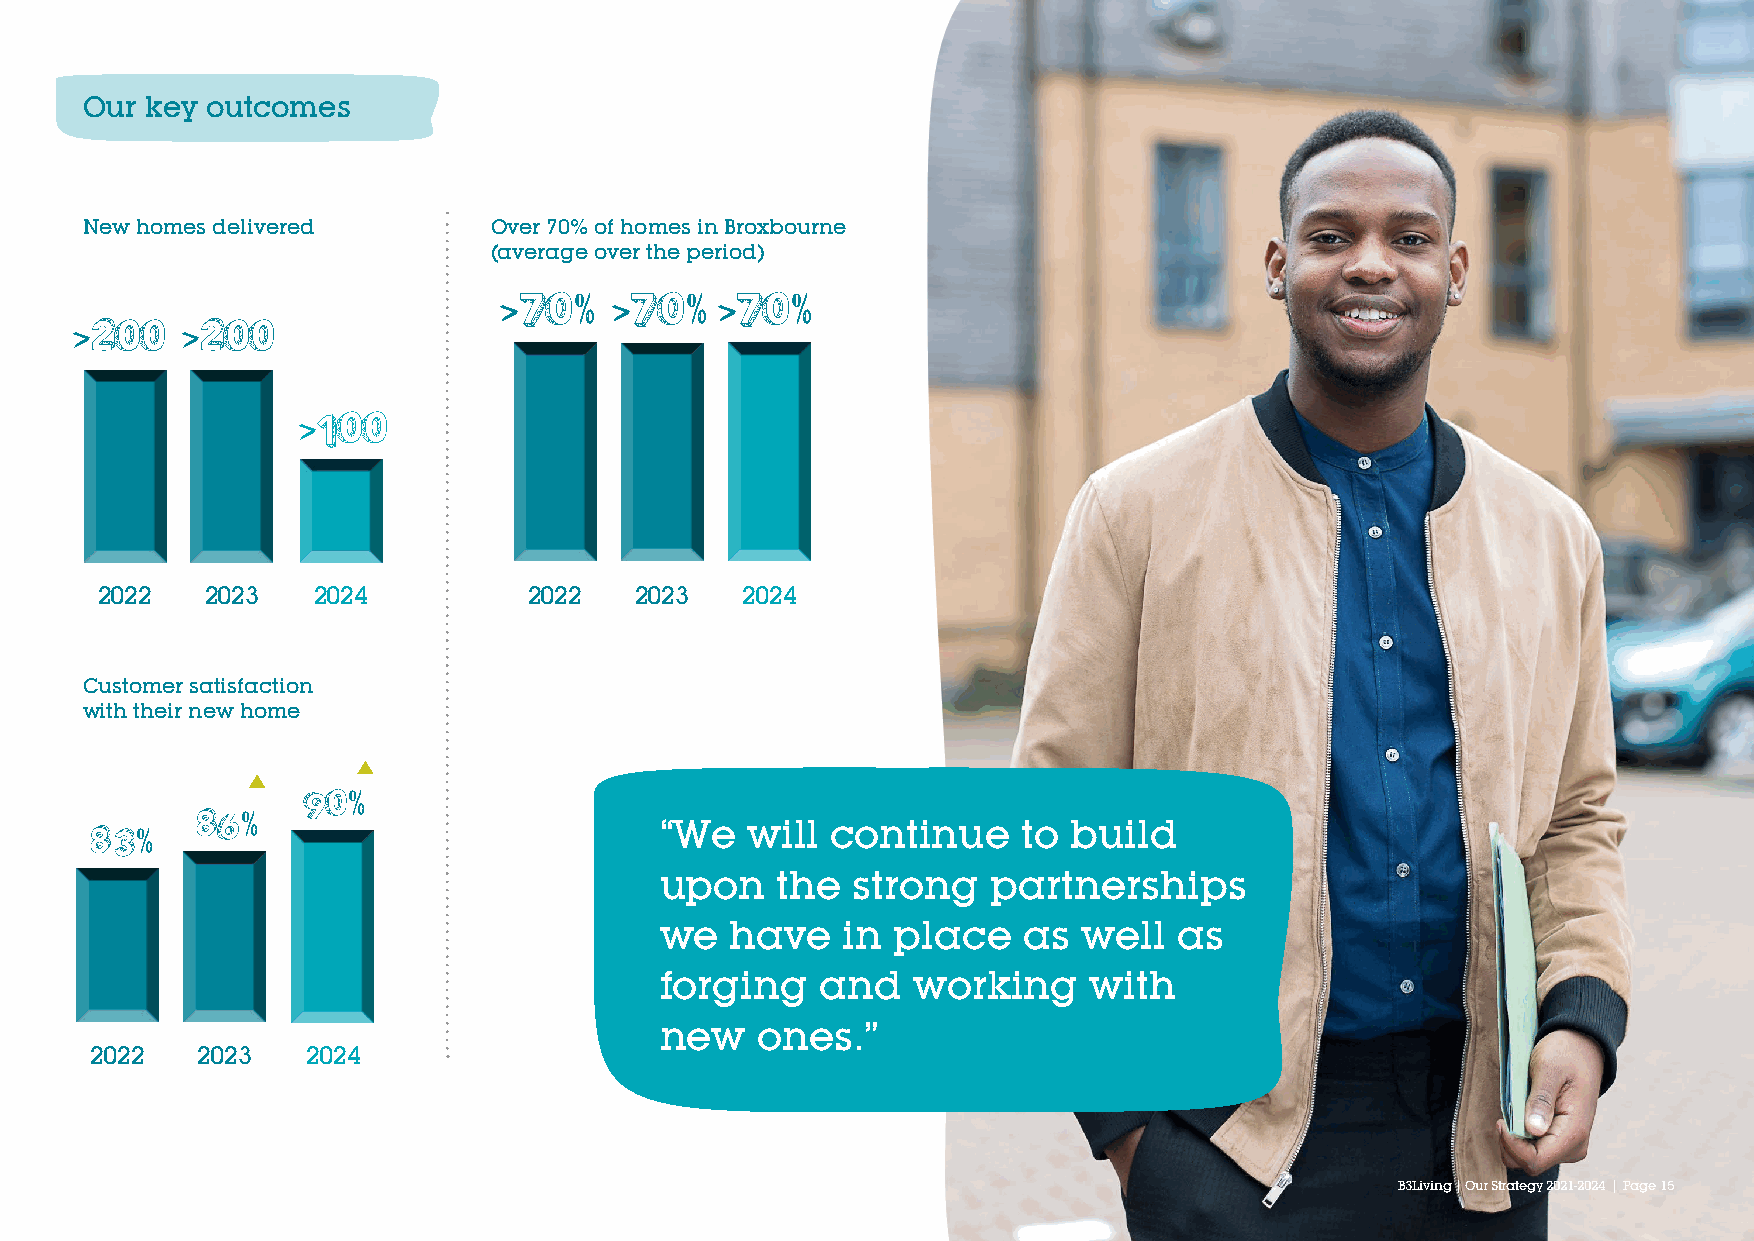
Our  key outcomes
 New homes delivered        Over 70% of homes in Broxbourne
 (average over the period)
 >70%    >70%   >70%
 >200   >200
 >100
 2022    2023   2024          2022   2023   2024
 Customer satisfaction
 with their new home
 90%
 86%
 83%                                   “We   will continue     to build
 upon   the  strong    partnerships
 we  have    in place    as  well  as
 forging   and   working     with
 new   ones.”
 2022   2023   2024
 B3 BL3ivLiinvgin |g O |u Or uSrt rSatrteagteyg 2y0 22012 to1- 22002244 || PPaaggee 1155